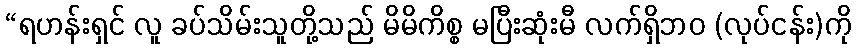
“ရဟန်းရှင် လူ ခပ်သိမ်းသူတို့သည် မိမိကိစ္စ မပြီးဆုံးမီ လက်ရှိဘဝ (လုပ်ငန်း)ကို